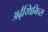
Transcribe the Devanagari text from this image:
अर्ढ़य्थिमिच्स